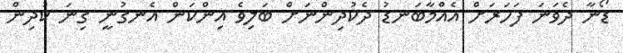
ޑޯނާ ދެވަނަ ފަހަރަށް އެއްމާބަނޑު ދެކުދިންނަށް ބަލިވެ އިންކަން އެނގުނީ ގިނަ ކުދިން